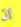
ان